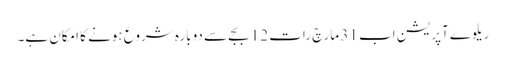
ریلوے آپریشن اب 31 مارچ رات 12 بجے سے دوبارہ شروع ہونے کا امکان ہے۔